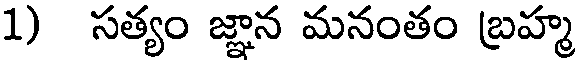
1) సత్యం జ్ఞాన మనంతం బ్రహ్మ